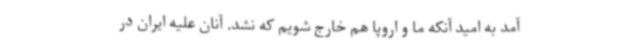
آمد به امید آنکه ما و اروپا هم خارج شویم که نشد. آنان علیه ایران در